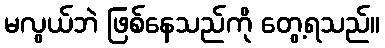
မလွယ်ဘဲ ဖြစ်နေသည်ကို တွေ့ရသည်။